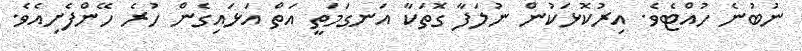
ނުބުނެ ހުއްޓެވެ. އިރުކޮޅަކުން ނުލަފާ ގޮތަކާ އަނގަމަތީ އަތް އަޅައިގެން ހުރެ ހޭންފެށިއެވެ.